Calcutta medical institutions reports 1871-78
Year: 1871
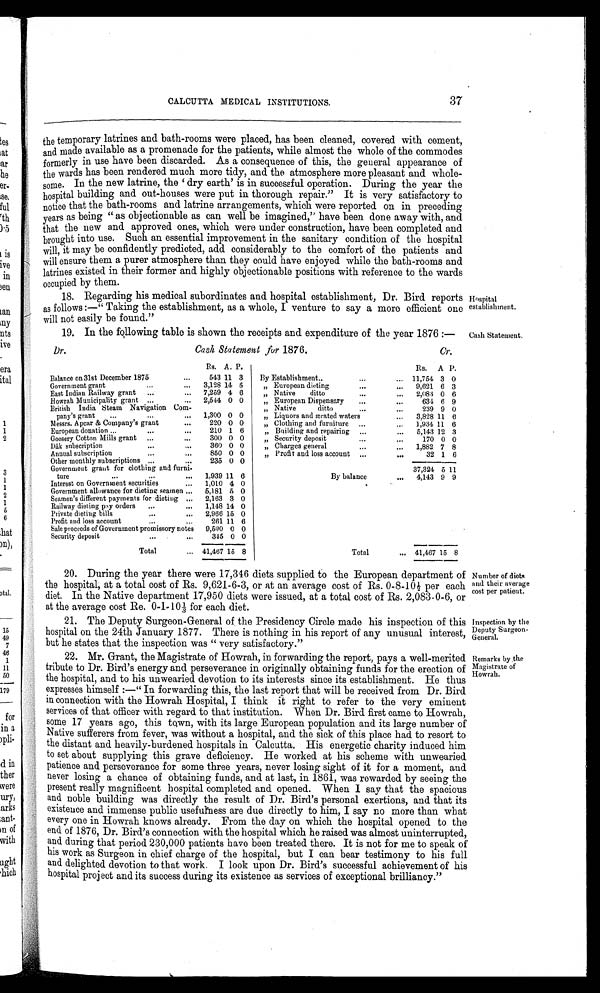
Hospital
establishment.
Cash Statement.
Number of diets
and their average
cost per patient.
Inspection by the
Deputy Surgeon-
General.
Remarks by .the
Magistrate of
Howrah.
CALCUTTA MEDICAL INSTITUTIONS.
37
the temporary latrines and bath-rooms were placed, has been cleaned, covered with cement,
and made available as a promenade for the patients, while almost the whole of the commodes
formerly in use have been discarded. As a consequence of this, the general appearance of
the wards has been rendered much more tidy, and the atmosphere more pleasant and whole
-some. In the new l atri ne, the ' dry earth' i s i n successful operati on. Duri ng the year the
hospital building and out-houses were put in thorough repair." It is very satisfactory to
notice that the bath-rooms and latrine arrangements, which were reported on in preceding
years as being "as objectionable as can well be imagined," have been done away with, and
that the new and approved ones, which were under construction, have been completed and
brought into use. Such an essential improvement in the sanitary condition of the hospital
will, it may be confidently predicted, add considerably to the comfort of the patients and
will ensure them a purer atmosphere than they could have enjoyed while the bath-rooms and
latrines existed in their former and highly objectionable positions with reference to the wards
occupied by them.
18. Regarding his medical subordinates and hospital establishment, Dr. Bird reports
as follows:—"Taking the establishment, as a whole, I venture to say a more efficient one
will not easily be found."
19. In the following table is shown the receipts and expenditure of the year 1876:—
Dr.
Cash Statement for 1876. Cr.
Rs. A. P.
Rs. A
P .
Balance on 31st December 1875
...
543 11 1 1
3 By Establishment.,
......
1 1 , 7 5 4 3 0
Government grant
...
3,128 14 1 4
5
" European dieting
... ...
9 , 6 2 1 6 3
East Indian Railway grant ...
... 7,259 4 6
" Native ditto
... ...
2 , 0 8 3 0 6
Howrah Municipality grant ...
... 2,544 0 0
" European Dospensary ... ...
6 3 4 6 9
British India Steam Navigation Corn-
...
pany's grant
...
... 1,300 0 0
" Native ditto
... ...
2 3 9 6 9
" Liquors and ærated waters ...
3 , 8 2 8 9 0
Messrs. Apcar & Company's grant
...
220 0 0
" Clothing and furniture ... ...
1 , 9 3 4 1 1 6
European donation ...
...
...
210 1 6
" Building and repairing ... ...
5 , 1 4 3 1 1 6
Goosery Cotton Mills grant ...
...
300 0 0
" Security deposit
... ...
1 7 0 1 2 3
Dâk subscription
...
...
3 6 0 0 0
" Charges general
... ...
1 , 8 8 2 0 0
Annual subscription
•••
..,
850 0 0
" Profit and loss account ... ...
3 2 7 8
Other monthly subscriptions ...
...
235 0 0
Government grant for clothing and furni-
tore
...
...
...
B y b a l a n c e
...
3 7 , 3 2 4 1 6
1,939 11 6
Interest on Government securities
... 1,010 4 0
Government allowance for dieting seamen ... 5,181 5 0
Seamen's different payments for dieting ,„ 2,163 3 0
Railway dieting ply orders ...
... 1,148 14 0
Private dieting bills
...
.,. 2,966 15 0
Profit and loss account
261 11 6
Sale proceeds of Government promissory notes 9,500 0 0
Security deposit
...
...
345 0 0
...
Total
... 41,467 15 8
T o t a l ...
4 , 1 4 3 9 9
20. During the year there were 17,346 diets supplied to the European department of
the hospital, at a total cost of Rs. 9,621-6-3, or at an average cost of Rs. 0-8-10½ per each
diet. In the Native department 17,950 diets were issued, at a total cost of Rs. 2,083-0-6, or
at the average cost Re. 0-1-101/3 for each diet.
21. The Deputy Surgeon-General of the Presidency Circle made his inspection of this
hospital on the 24th January 1877. There is nothing in his report of any unusual interest,
but he states that the inspection was ” very satisfactory."
22. Mr. Grant, the Magistrate of Howrah, in forwarding the report, pays a well-merited
tribute to Dr. Bird's energy and perseverance in originally obtaining funds for the erection of
the hospital, and to his unwearied devotion to its interests since its establishment. He thus
expresses himself:—"In forwarding this, the last report that will be received from Dr. Bird
in connection with the Howrah Hospital, I think it right to refer to the very eminent
services of that officer with regard to that institution. When Dr. Bird first came to Howrah,
some 17 years ago, this town, with its large European population and its large number of
Native sufferers from fever, was without a hospital, and the sick of this place had to resort to
the distant and heavily-burdened hospitals in Calcutta. His energetic charity induced him
to set about supplying this grave deficiency. He worked at his scheme with unwearied
patience and perseverance for some three years, never losing sight of it for a moment, and
never losing a chance of obtaining funds, and at last, in 1861, was rewarded by seeing the
present really magnificent hospital completed and opened. When I say that the spacious
and noble building was directly the result of Dr. Bird's personal exertions, and that its
existence and immense public usefulness are due directly to him, I say no more than what
every one in Howrah knows already. From the day on which the hospital opened to the
end of 1876, Dr. Bird's connection with the hospital which he raised was almost uninterrupted,
and during that period 230,000 patients have been treated there. It is not for me to speak of
his work as Surgeon in chief charge of the hospital, but I can bear testimony to his full
and delighted devotion to that work. I look upon Dr. Bird's successful achievement of his
hospital project and its success during its existence as services of exceptional brilliancy."